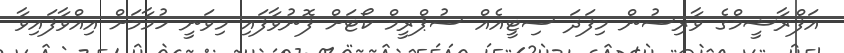
އަފްރާޝީމްގެ ވާރިސުން މިފަދަ ސިޓީއެއް ސުޕްރީމް ކޯޓަށް ފޮނުވާފައި މިވަނީ ހުމާމަށް އިއްވާފައިވާ